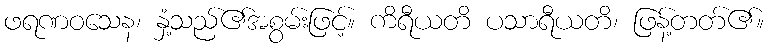
ဖရဏဝသေန၊ နှံ့သည်၏အစွမ်းဖြင့်။ ကိရီယတိ ပသာရီယတိ၊ ဖြန့်တတ်၏။